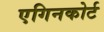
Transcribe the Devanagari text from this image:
एगिनकोर्ट